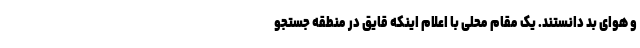
و هوای بد دانستند. یک مقام محلی با اعلام اینکه قایق در منطقه جستجو